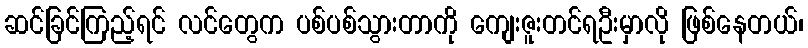
ဆင်ခြင်ကြည့်ရင် လင်တွေက ပစ်ပစ်သွားတာကို ကျေးဇူးတင်ရဦးမှာလို ဖြစ်နေတယ်၊